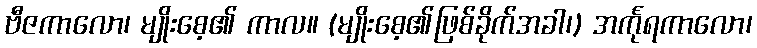
ဗီဇကာလော၊ မျိုးစေ့၏ ကာလ။ (မျိုးစေ့၏ဖြစ်ခိုက်အခါ၊) အင်္ကုရကာလော၊